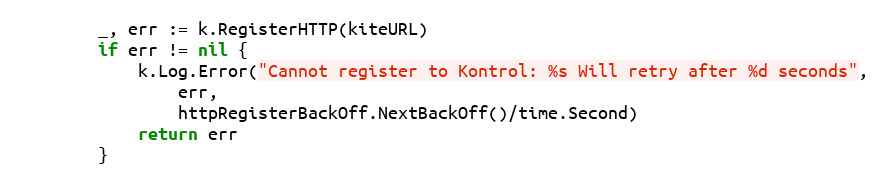
Language: Go
		_, err := k.RegisterHTTP(kiteURL)
		if err != nil {
			k.Log.Error("Cannot register to Kontrol: %s Will retry after %d seconds",
				err,
				httpRegisterBackOff.NextBackOff()/time.Second)
			return err
		}